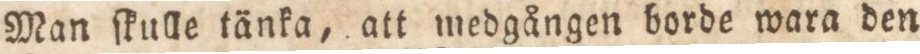
Man ſkulle tänka, att medgången borde wara den